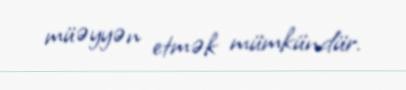
müəyyən etmək mümkündür.